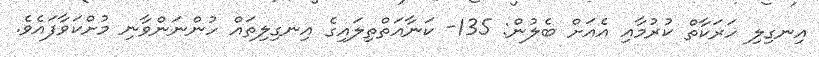
އިނގިލި ހަރަކާތް ކުރުމާއި އެއަށް ބެލުން: 135- ކަނާއަތްތިލައިގެ އިނގިލިތައް ހުންނަންވާނި މުށްކަވާފައެވެ.